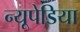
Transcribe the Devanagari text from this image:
न्यूपेडिया